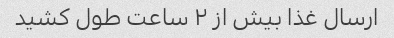
ارسال غذا بیش از ۲ ساعت طول کشید